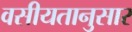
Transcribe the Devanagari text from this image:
वसीयतानुसार